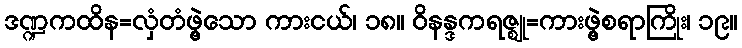
ဒဏ္ဍကထိန=လှံတံဖွဲ့သော ကားငယ်၊ ၁၈။ ဝိနန္ဒကရဇ္ဈု=ကားဖွဲ့စရာကြိုး၊ ၁၉။